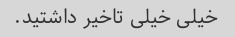
خیلی خیلی تاخیر داشتید.